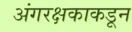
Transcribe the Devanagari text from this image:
अंगरक्षकाकडून